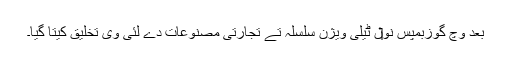
بعد وچ گوزبمپس نو‏‏ں ٹیلی ویژن سلسلہ تے تجارتی مصنوعات دے لئی وی تخلیق کیتا گیا۔